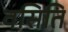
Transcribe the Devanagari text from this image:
वसिति